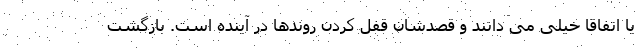
یا اتفاقاً خیلی می دانند و قصدشان قفل کردن روندها در آینده است. بازگشت